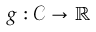
g : { \mathcal { C } } \to \mathbb { R }